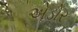
એડોર